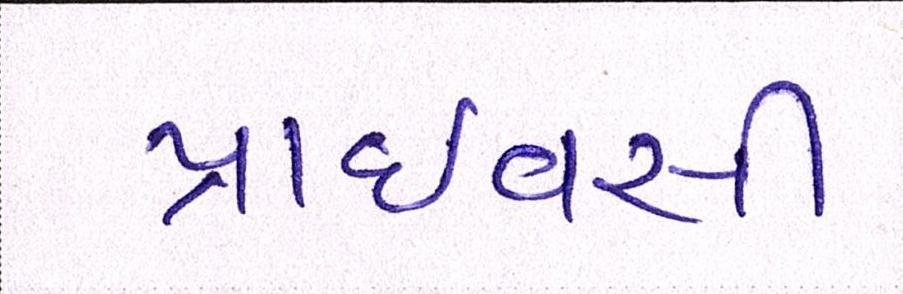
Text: પ્રાઈવસી